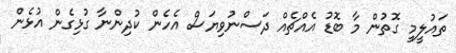
ތައުލީމީ ގޮތުން މާ ބޮޑު އެއްޗެއް ދަސްނުވިޔަސް އެހެން ކުދިންނާ ގުޅިގެން އުޅެން